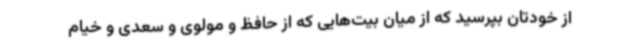
از خودتان بپرسید که از میان بیت‌هایی که از حافظ و مولوی و سعدی و خیام